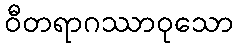
ဝီတရာဂဿာဝုသော